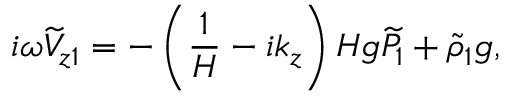
i \omega \widetilde { V } _ { z 1 } = - \left( \frac { 1 } { H } - i k _ { z } \right) H g \widetilde { P } _ { 1 } + \widetilde { \rho } _ { 1 } g ,